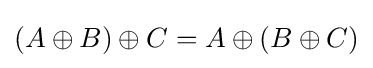
(A\oplus B)\oplus C=A\oplus (B\oplus C)